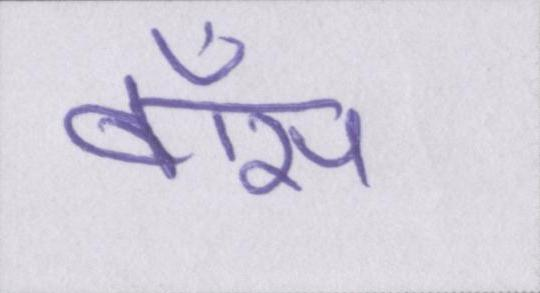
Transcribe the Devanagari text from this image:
बॉस